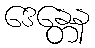
ဒေန္တေန